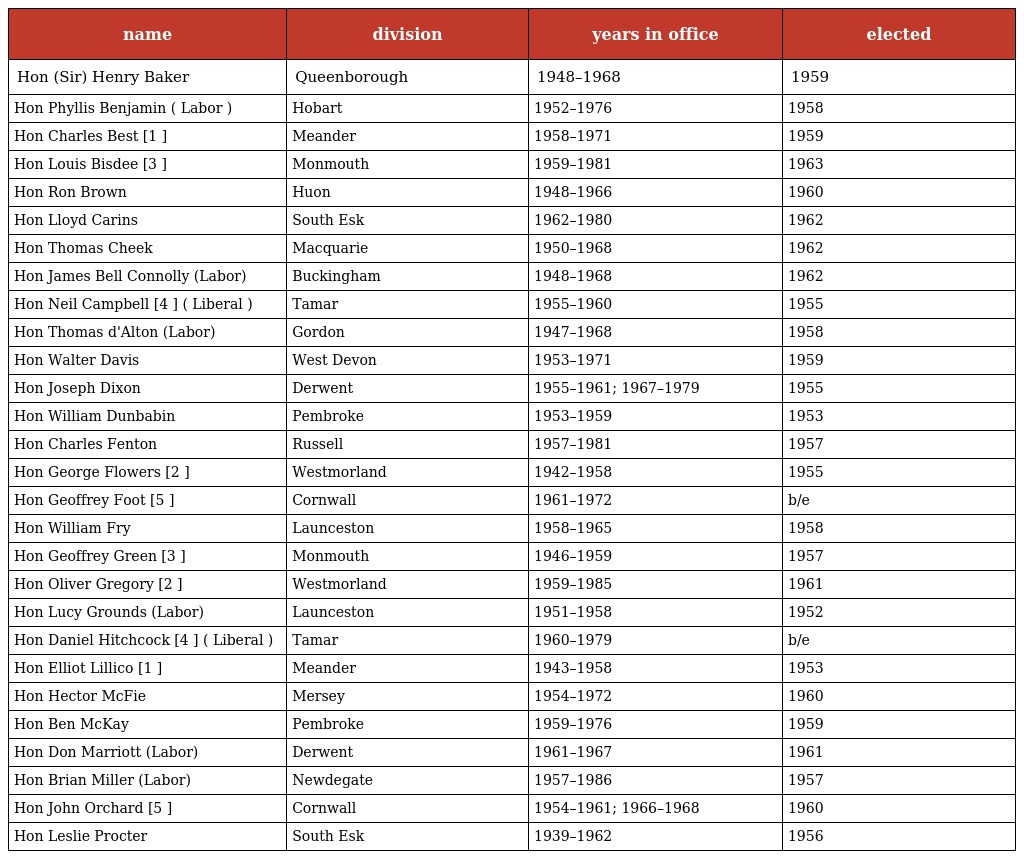
| name | division | years in office | elected |
 | --- | --- | --- | --- |
 | Hon (Sir) Henry Baker | Queenborough | 1948–1968 | 1959 |
 | Hon Phyllis Benjamin ( Labor ) | Hobart | 1952–1976 | 1958 |
 | Hon Charles Best [1 ] | Meander | 1958–1971 | 1959 |
 | Hon Louis Bisdee [3 ] | Monmouth | 1959–1981 | 1963 |
 | Hon Ron Brown | Huon | 1948–1966 | 1960 |
 | Hon Lloyd Carins | South Esk | 1962–1980 | 1962 |
 | Hon Thomas Cheek | Macquarie | 1950–1968 | 1962 |
 | Hon James Bell Connolly (Labor) | Buckingham | 1948–1968 | 1962 |
 | Hon Neil Campbell [4 ] ( Liberal ) | Tamar | 1955–1960 | 1955 |
 | Hon Thomas d'Alton (Labor) | Gordon | 1947–1968 | 1958 |
 | Hon Walter Davis | West Devon | 1953–1971 | 1959 |
 | Hon Joseph Dixon | Derwent | 1955–1961; 1967–1979 | 1955 |
 | Hon William Dunbabin | Pembroke | 1953–1959 | 1953 |
 | Hon Charles Fenton | Russell | 1957–1981 | 1957 |
 | Hon George Flowers [2 ] | Westmorland | 1942–1958 | 1955 |
 | Hon Geoffrey Foot [5 ] | Cornwall | 1961–1972 | b/e |
 | Hon William Fry | Launceston | 1958–1965 | 1958 |
 | Hon Geoffrey Green [3 ] | Monmouth | 1946–1959 | 1957 |
 | Hon Oliver Gregory [2 ] | Westmorland | 1959–1985 | 1961 |
 | Hon Lucy Grounds (Labor) | Launceston | 1951–1958 | 1952 |
 | Hon Daniel Hitchcock [4 ] ( Liberal ) | Tamar | 1960–1979 | b/e |
 | Hon Elliot Lillico [1 ] | Meander | 1943–1958 | 1953 |
 | Hon Hector McFie | Mersey | 1954–1972 | 1960 |
 | Hon Ben McKay | Pembroke | 1959–1976 | 1959 |
 | Hon Don Marriott (Labor) | Derwent | 1961–1967 | 1961 |
 | Hon Brian Miller (Labor) | Newdegate | 1957–1986 | 1957 |
 | Hon John Orchard [5 ] | Cornwall | 1954–1961; 1966–1968 | 1960 |
 | Hon Leslie Procter | South Esk | 1939–1962 | 1956 |